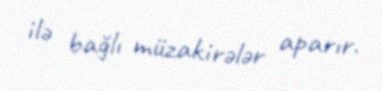
ilə bağlı müzakirələr aparır.